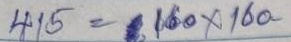
415 = 160 x 160